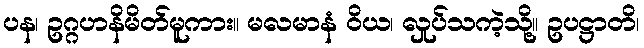
ပန၊ ဥဂ္ဂဟနိမိတ်မူကား။ မလမာနံ ဝိယ၊ လှုပ်သကဲ့သို့။ ဥပဋ္ဌာတိ၊